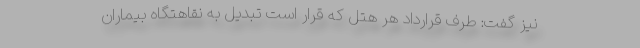
نیز گفت: طرف قرارداد هر هتل که قرار است تبدیل به نقاهتگاه بیماران